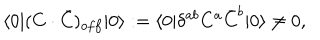
\langle 0 | ( C \cdot \bar { C } ) _ { o f f } | 0 \rangle : = \langle 0 | \delta ^ { a b } C ^ { a } \bar { C } ^ { b } | 0 \rangle \not = 0 ,